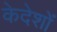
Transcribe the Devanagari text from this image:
केदेशों